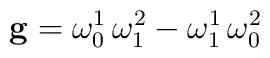
{\bf g} = \omega^1_0\, \omega^2_1 - \omega^1_1 \, \omega^2_0